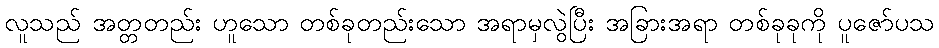
လူသည် အတ္တတည်း ဟူသော တစ်ခုတည်းသော အရာမှလွဲပြီး အခြားအရာ တစ်ခုခုကို ပူဇော်ပသ